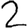
Digit: 2